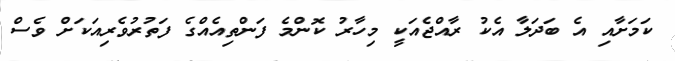
ކަމަށާއި އެ ބަދަލާ އެކު ރާއްޖެއަކީ މިހާރު ކޮންމެ ފަންތިއެއްގެ ފަތުރުވެރިއަކަށް ވެސް